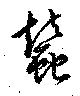
蠶